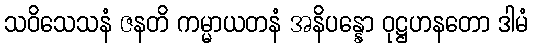
သဝိသေသနံ ဇနတိ ကမ္မာယတနံ အနိပန္နော ဝုဋ္ဌဟနတော ဒါမံ